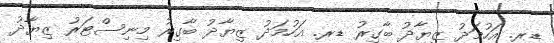
ޑރ. އަހުމަދު ޒިޔާދު ބާގިރު ޑރ. އަހުމަދު ޒިޔާދު ބާގިރު މިނިސްޓަރު ޒިޔާދު